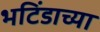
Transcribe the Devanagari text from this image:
भटिंडाच्या